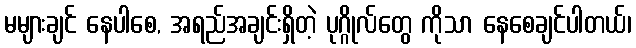
မများချင် နေပါစေ, အရည်အချင်းရှိတဲ့ ပုဂ္ဂိုလ်တွေ ကိုသာ နေစေချင်ပါတယ်၊